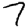
Digit: 7